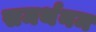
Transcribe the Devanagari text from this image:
समर्थनम